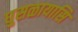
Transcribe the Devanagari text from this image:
घुसळायासि